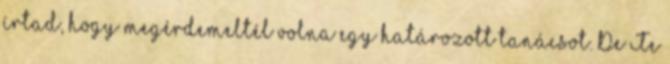
írtad, hogy megérdemeltél volna egy határozott tanácsot. De Te